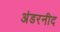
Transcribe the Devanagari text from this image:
अंडरनीद